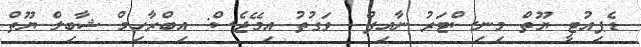
ޑެޕިއުޓީ ޔޫތް މިނިސްޓަރު ނާއިފް  ވަގުތު އިމޭޖެސް: އިބްރާހިމް ޝާބިލް ޔޫތް